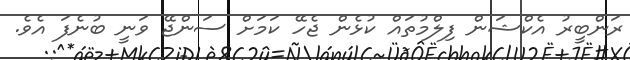
ރަންބީރު އެކްޝަން ފިލްމުތައް ކުޅެން ޖެހޭ ކަމަށް ސަންޖޭ ވަނީ ބުނެފަ އެވެ.